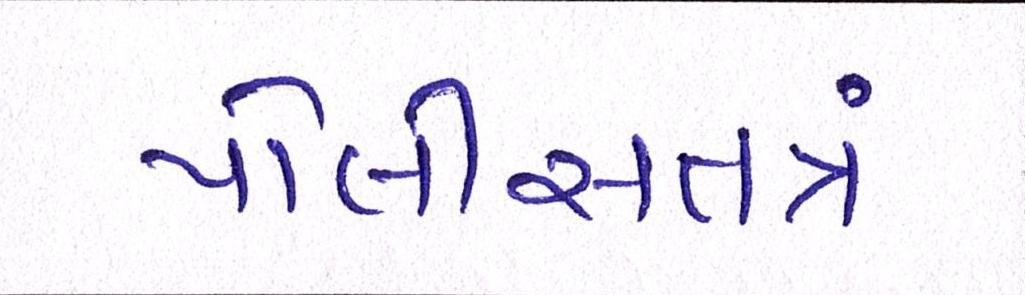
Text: પોલીસતત્રં